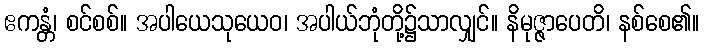
ဧကန္တံ၊ စင်စစ်။ အပါယေသုယေဝ၊ အပါယ်ဘုံတို့၌သာလျှင်။ နိမုဇ္ဇာပေတိ၊ နစ်စေ၏။